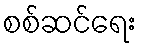
စစ်ဆင်ရေး